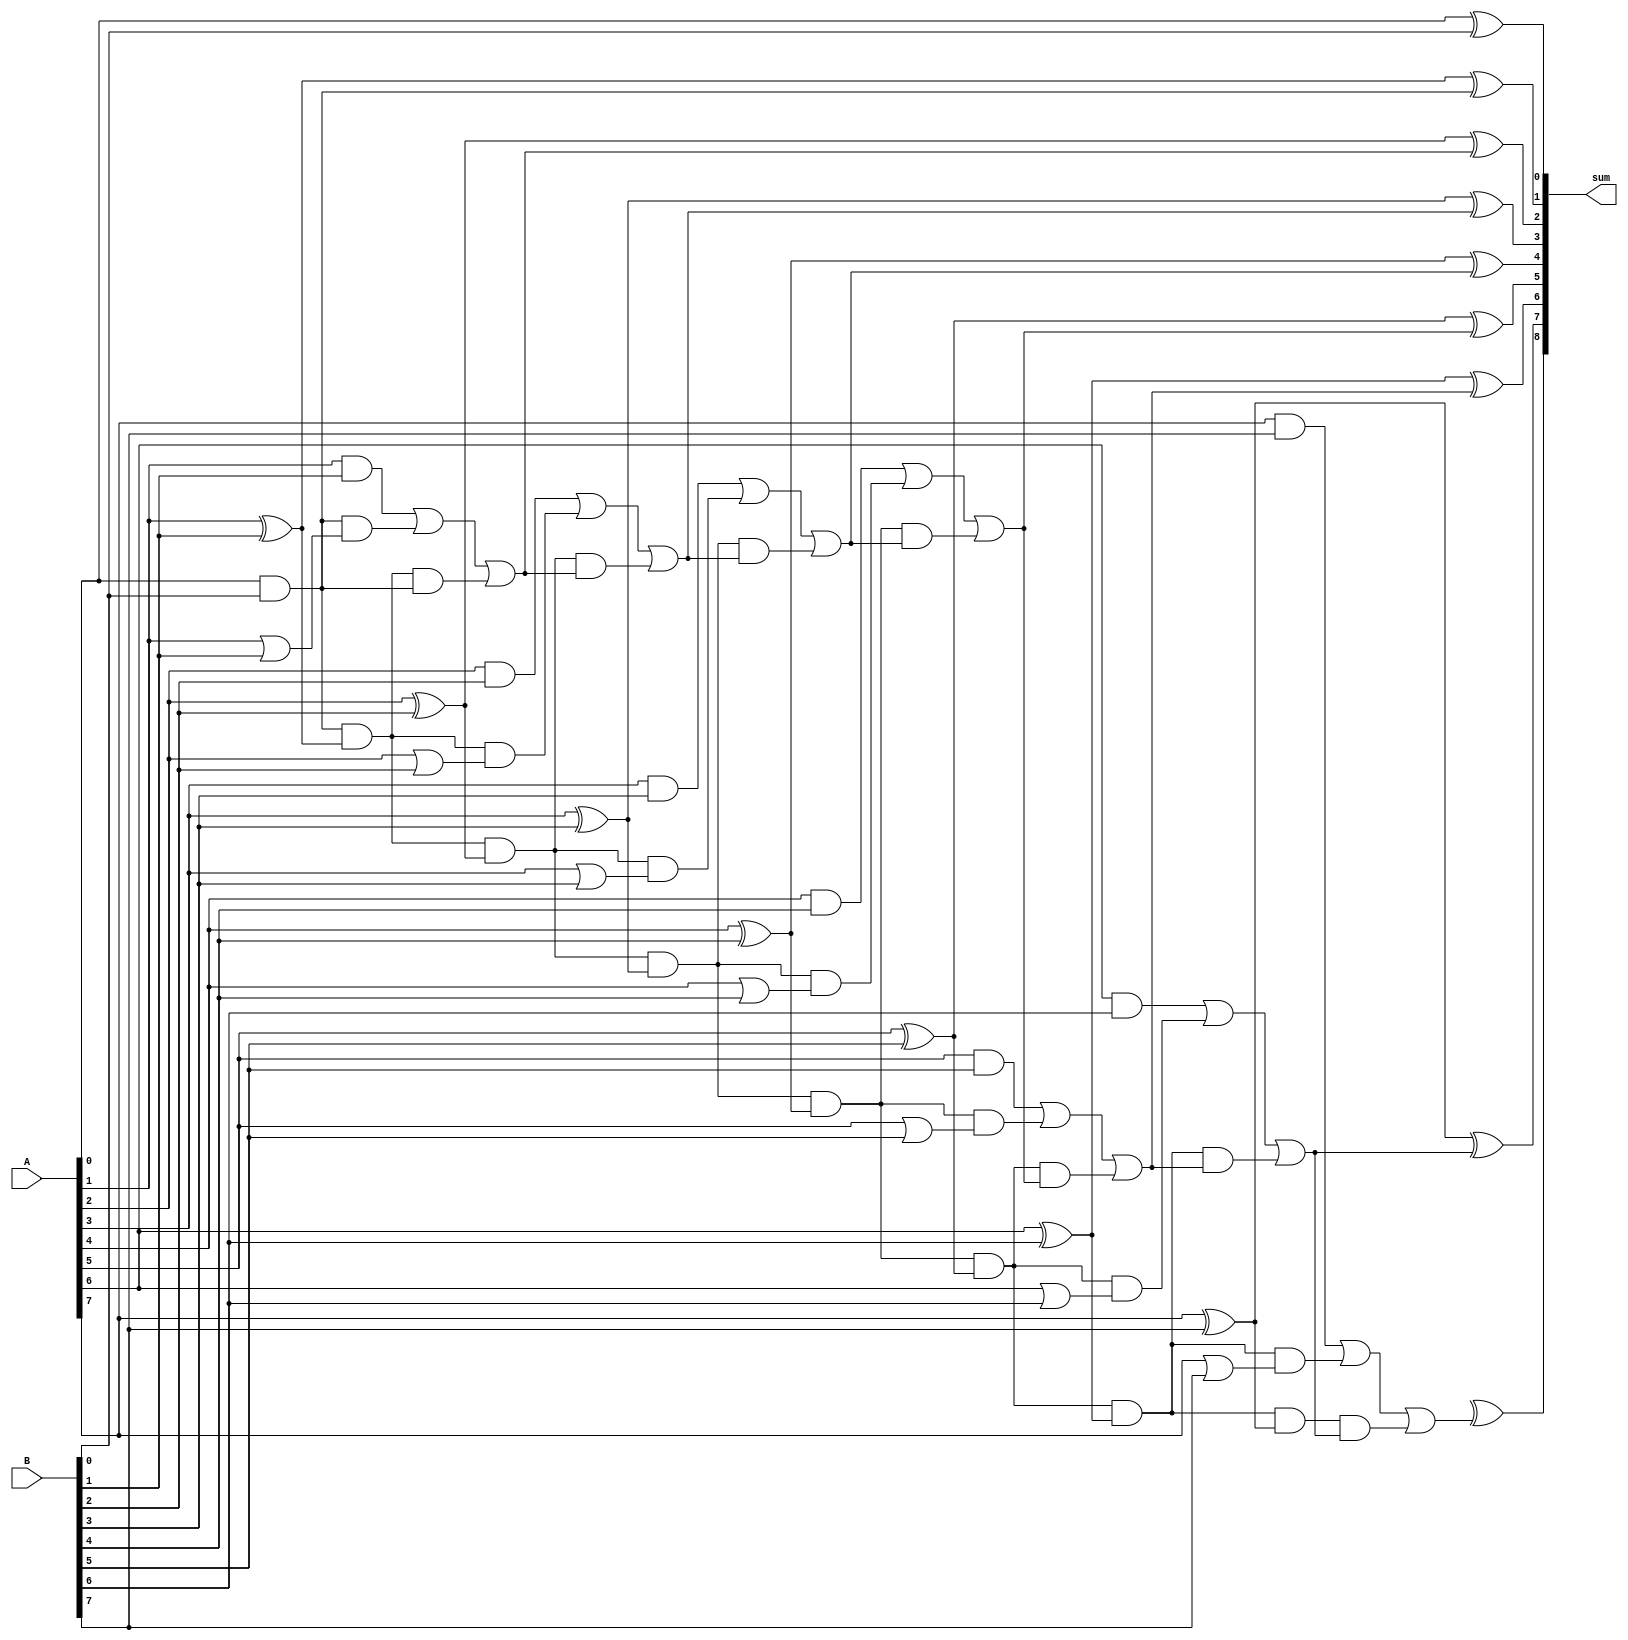
module kogge_stone_adder(
  input wire [7:0] A, // 8-bit input A
  input wire [7:0] B, // 8-bit input B
  output wire [8:0] sum // 9-bit output sum
);

wire [8:0] p, g; // arrays to store propagate and generate signals
wire [7:0] c; // array to store carry signals

assign p[0] = A[0] & B[0];
assign g[0] = A[0] | B[0];
assign c[0] = p[0];
assign sum[0] = A[0] ^ B[0];

genvar i;
generate
for (i = 1; i < 8; i = i + 1) begin : loop
  assign p[i] = p[i-1] & (A[i] ^ B[i]);
  assign g[i] = (A[i] & B[i]) | p[i-1] & (A[i] | B[i]);
  assign c[i] = g[i] | (p[i] & c[i-1]);
  assign sum[i] = A[i] ^ B[i] ^ c[i-1];
end
endgenerate

assign c[8] = g[7] | (p[7] & c[7]);
assign sum[8] = A[8] ^ B[8] ^ c[7];

endmodule